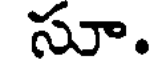
సూ.